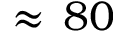
\approx \, 8 0